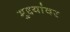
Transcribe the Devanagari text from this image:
मुद्दयांवर